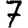
Digit: 7